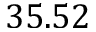
3 5 . 5 2